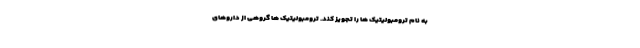
به نام ترومبولیتیک ها را تجویز کند. ترومبولیتیک ها گروهی از داروهای